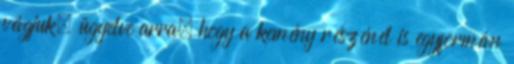
vágjuk, ügyelve arra, hogy a kemény részénél is egyformán